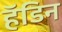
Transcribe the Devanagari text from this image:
हॅडिन